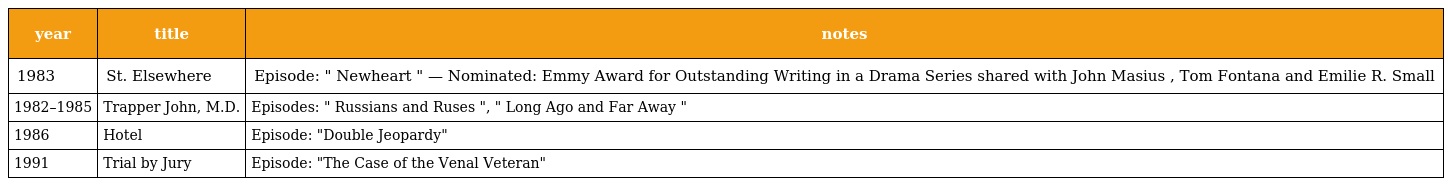
| year | title | notes |
 | --- | --- | --- |
 | 1983 | St. Elsewhere | Episode: " Newheart " — Nominated: Emmy Award for Outstanding Writing in a Drama Series shared with John Masius , Tom Fontana and Emilie R. Small |
 | 1982–1985 | Trapper John, M.D. | Episodes: " Russians and Ruses ", " Long Ago and Far Away " |
 | 1986 | Hotel | Episode: "Double Jeopardy" |
 | 1991 | Trial by Jury | Episode: "The Case of the Venal Veteran" |